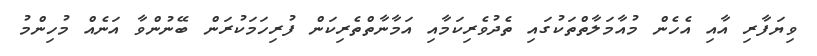
ވިޔަފާރި އާއި އެހެން މުއާމަލާތްތަކުގައި ތެދުވެރިކަމާއި އަމާނާތްތެރިކަން ފުރިހަމަކުރަން ބޭނުންވާ އަނެއް މުހިންމު